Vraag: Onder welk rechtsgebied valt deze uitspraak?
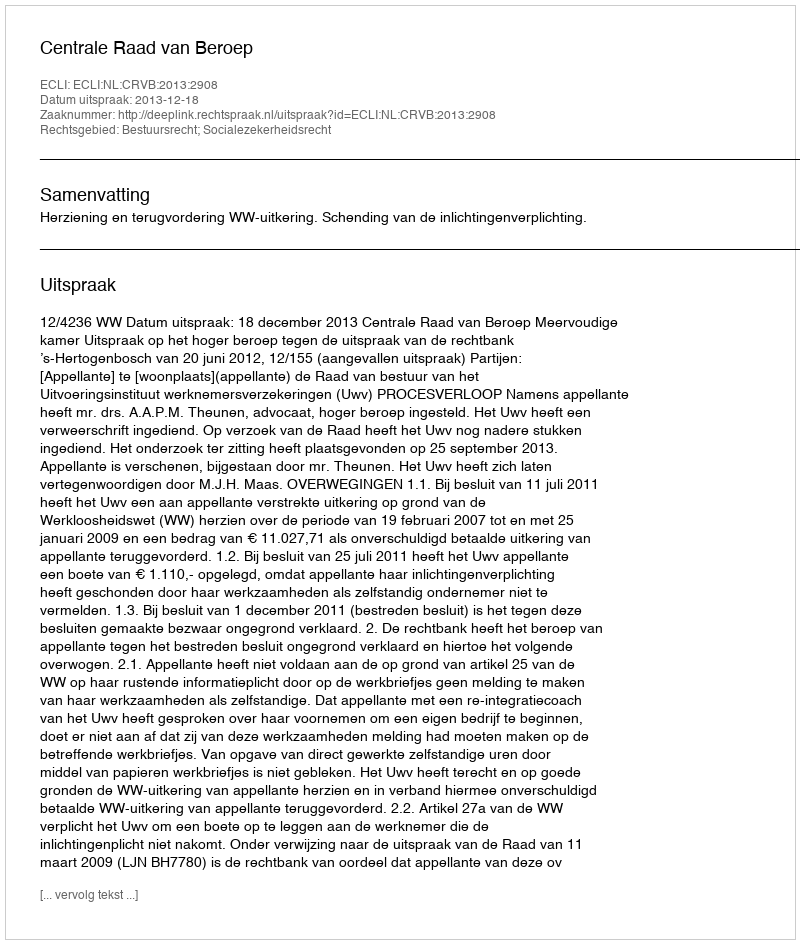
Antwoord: Bestuursrecht; Socialezekerheidsrecht